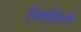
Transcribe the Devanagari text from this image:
स्थितिमधे